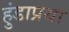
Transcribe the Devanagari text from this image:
हुंडाप्रथा